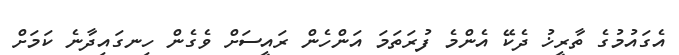
އެގައުމުގެ ތާރީޚު ދެކޭ އެންމެ ފުރަތަމަ އަންހެން ރައީސަށް ވެގެން ހިނގައިދާނެ ކަމަށް